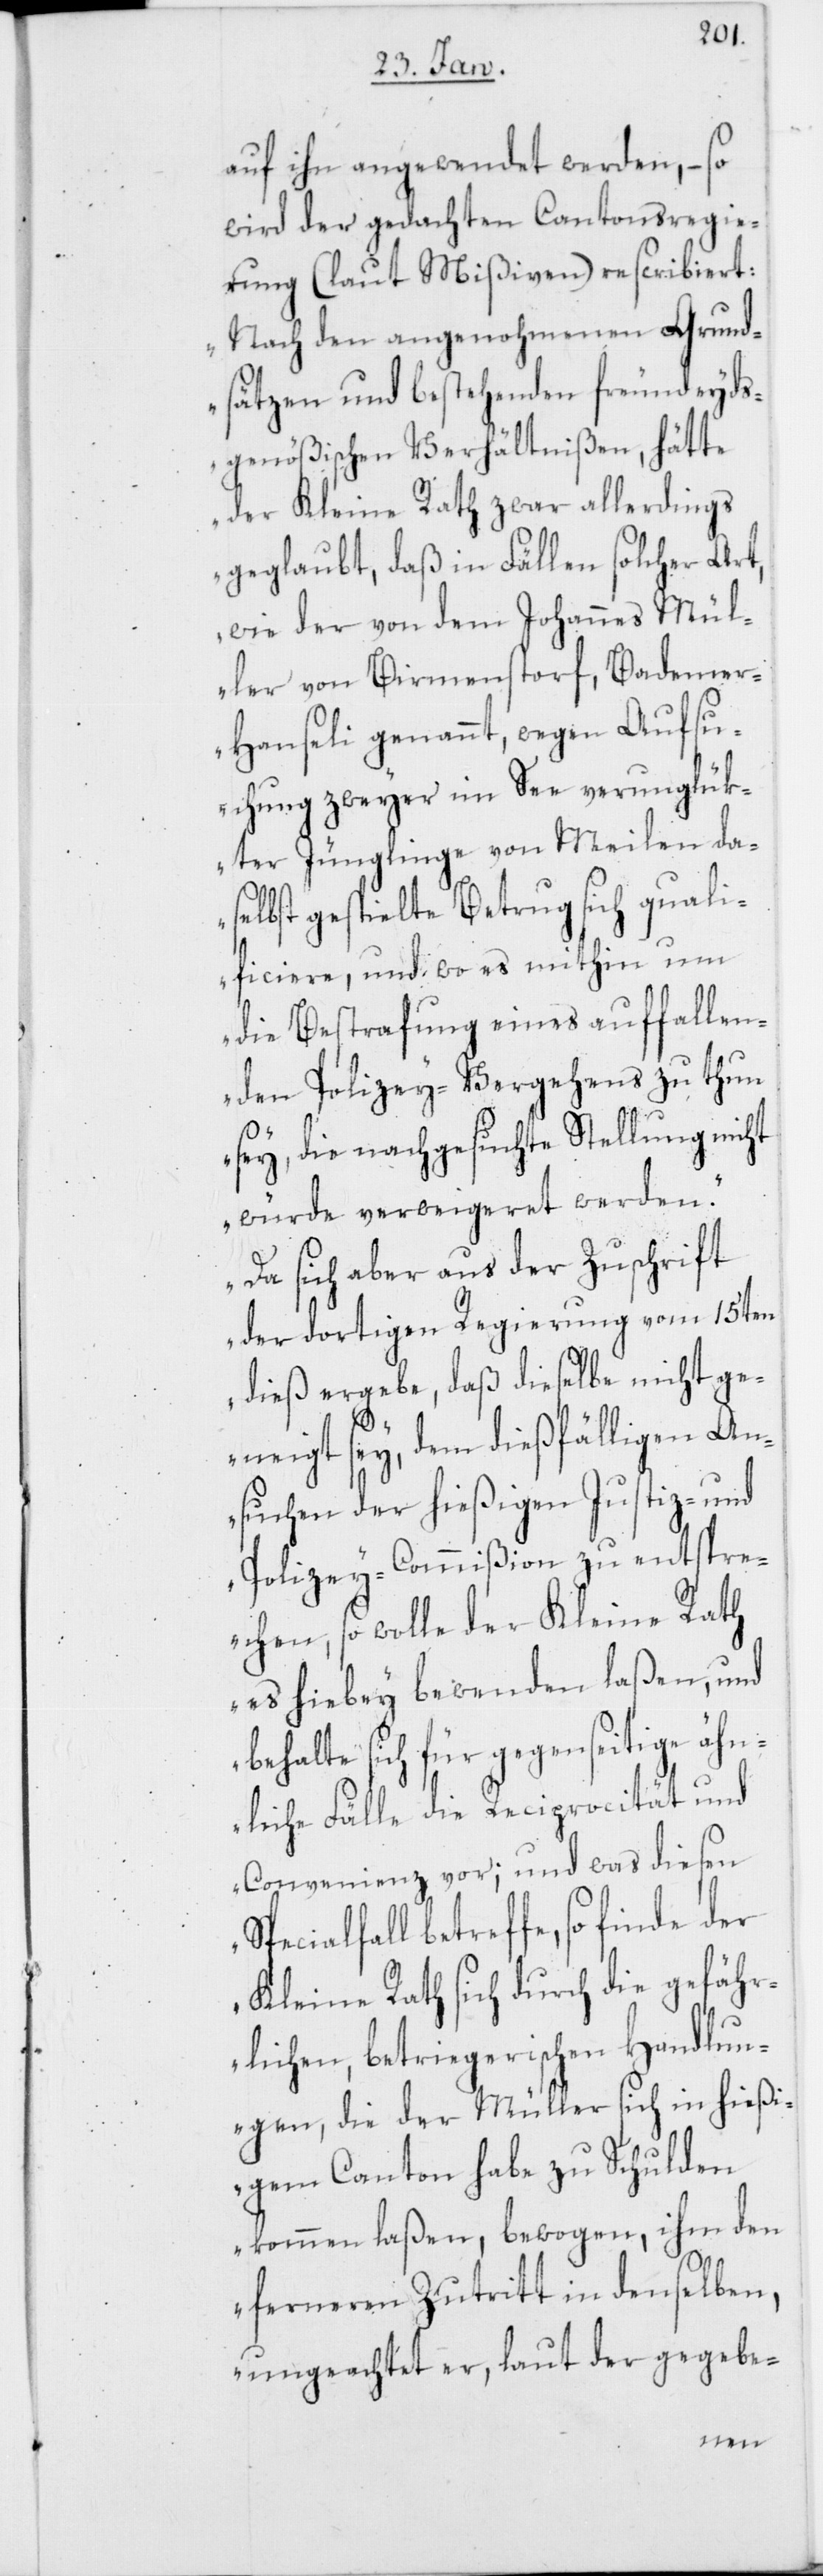
auf ihn angewendet werden, – so
wird der gedachten Cantonsregie¬
rung (laut Mißiven) rescribiert:
„Nach den angenohmenen Grund¬
sätzen und bestehenden freundeyds¬
genößischen Verhältnißen, hätte
der Kleine Rath zwar allerdings
geglaubt, daß in Fällen solcher Art,
wie der von dem Johannes Mül¬
ler von Birmenstorf, Bademe¬
r-Hanseli genannt, wegen Aufsu¬
chung zweyer im See verunglük¬
ter Jünglinge von Meilen da¬
selbst gespielte Betrug sich quali¬
ficiere, und wo es mithin um
die Bestrafung eines auffallen¬
den Polizey-Vergehens zu thun
sey, die nachgesuchte Stellung nicht
würde verweigeret werden.
Da sich aber aus der Zuschrift
der dortigen Regierung vom 15ten
dieß ergebe, daß dieselbe nicht ge¬
neigt sey, dem dießfälligen An¬
suchen der hießigen Justiz- und
Polizey-Commißion zu entspre¬
chen, so wolle der Kleine Rath
es hiebey bewenden laßen, und
behalte sich für gegenseitige ähn¬
liche Fälle die Reciprocität und
Convenienz vor; und was diesen
Specialfall betreffe, so finde
Kleine Rath sich durch die gefähr¬
lichen, betriegerischen Handlun¬
gen, die der Müller sich in hießi¬
gem Canton habe zu Schulden
kommen laßen, bewogen, ihm den
ferneren Zutritt in denselben,
ungeachtet er, laut der gegebe-